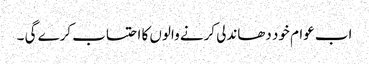
اب عوام خود دھاندلی کرنے والوں کا احتساب کرے گی ۔